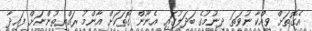
އެގޮތަށް ވިއްކާ ނުވަތަ ދިނުމުގެ ބަދަލުގައި އެނޫން ގޮތަކަށް އާންމު ރައްޔިތުންނަށް ފައިދާ